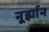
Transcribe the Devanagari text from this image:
नूर्झान